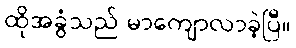
ထိုအခွံသည် မာကျောလာခဲ့ပြီ။